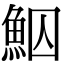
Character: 鮂